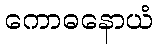
ကောဓနောယံ